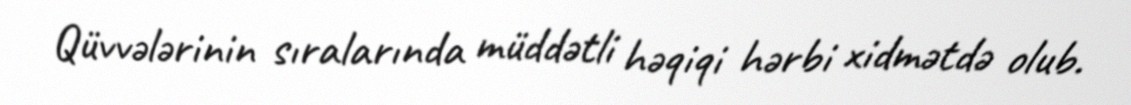
Qüvvələrinin sıralarında müddətli həqiqi hərbi xidmətdə olub.